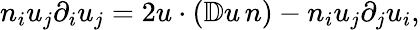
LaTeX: n_{i}u_{j}\partial_{i}u_{j}=2u\cdot(\mathbb{D}u\, n)-n_{i}u_{j}\partial_{j}u_{i},